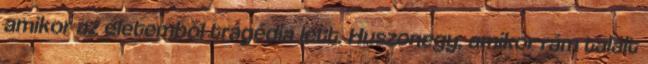
amikor az életemből tragédia lett. Huszonegy, amikor rám talált